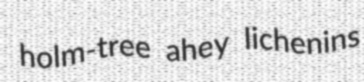
holm-tree ahey lichenins